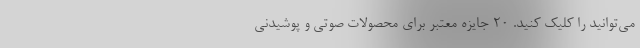
می‌توانید را کلیک کنید. ۲۰ جایزه معتبر برای محصولات صوتی و پوشیدنی